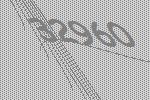
32960